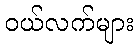
ဝယ်လက်များ